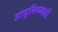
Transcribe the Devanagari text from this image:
आधुनिकवादी